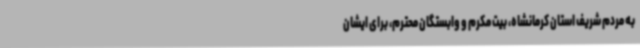
به مردم شریف استان کرمانشاه، بیت مکرم و وابستگان محترم، برای ایشان